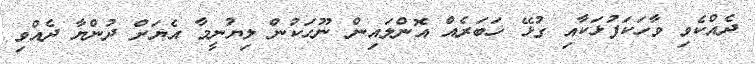
ދެއްކެވި ވާހަކަފުޅަކާއި ގުޅޭ ޚަބަރެއް އޮންލައިން ނޫހަކުން ލިޔުނީމާ އެޔަށް ދުންޔާ ދެއްވި